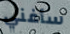
سأغني